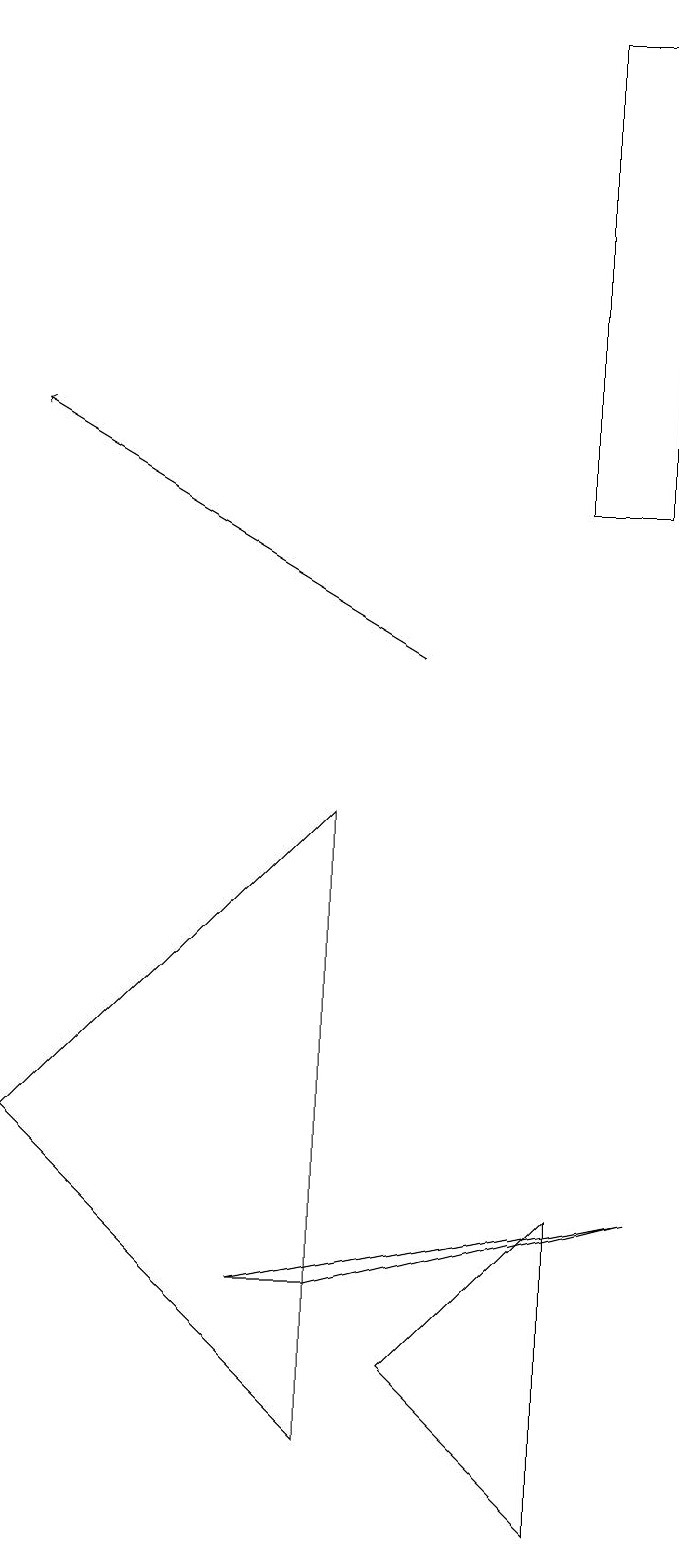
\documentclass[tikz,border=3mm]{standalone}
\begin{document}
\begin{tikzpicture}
\draw[->] (5,11) -- (0,14);
\draw (4,9) -- (4,1) -- (0,5) -- cycle;
\draw (8,4) -- (3,3) -- (4,3) -- cycle;
\draw (8,13) rectangle (7,19);
\draw (7,0) -- (7,4) -- (5,2) -- cycle;
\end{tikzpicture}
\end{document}